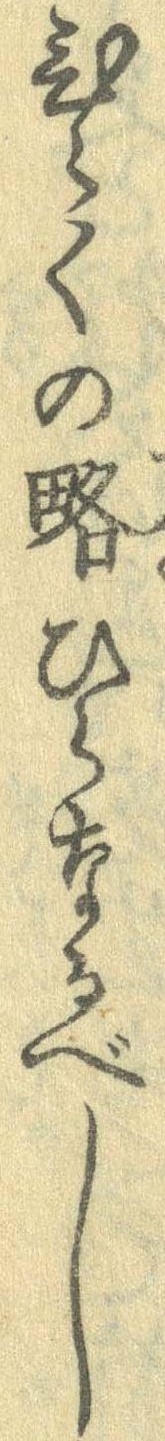
ひらくの略ひらなるべし